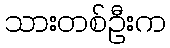
သားတစ်ဦးက